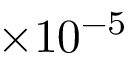
\times 1 0 ^ { - 5 }